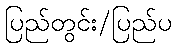
ပြည်တွင်း/ပြည်ပ